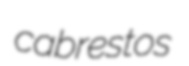
cabrestos